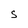
Character: S